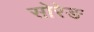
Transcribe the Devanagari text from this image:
सोरेङ